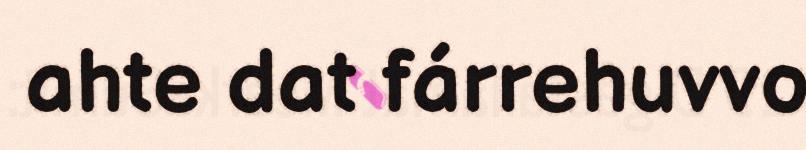
ahte dat fárrehuvvo